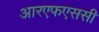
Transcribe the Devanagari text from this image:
आरएफएससी